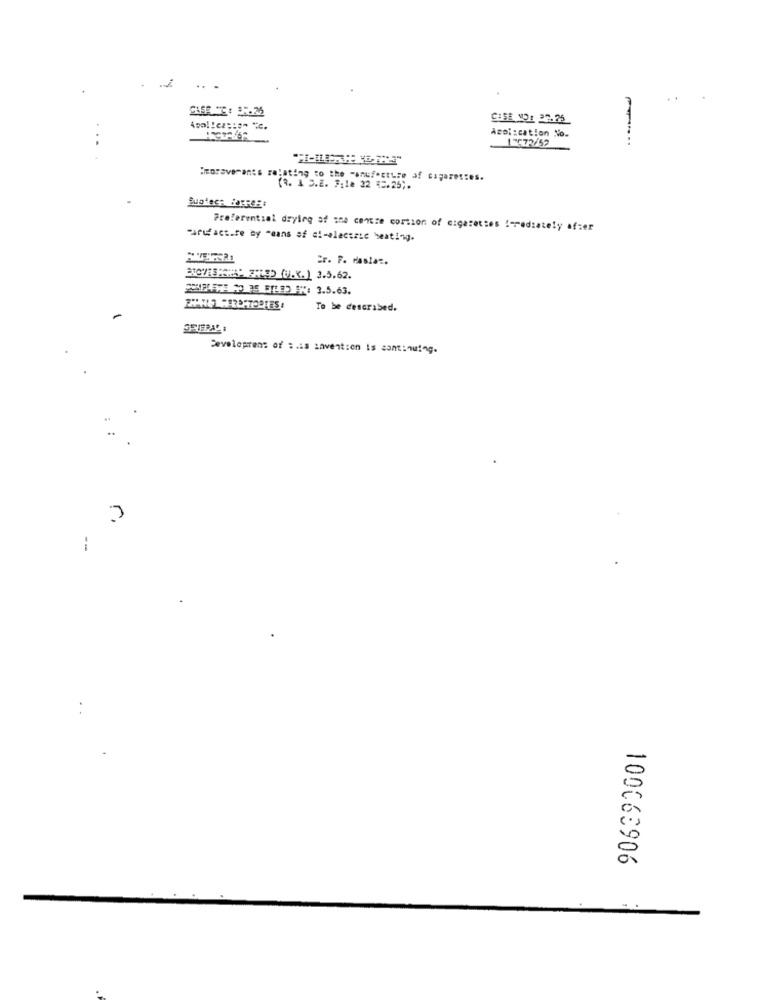
CISE 101 27.25
Azoi:cation No.
-
(3. 1 5.E. F:1e 22 42.25).
Preferential dryleg at she centre comtion of cigarettes !- rediately afzer
-arufacture by means of a !- electric heating.
Er. F. rastat.
To be described.
SEIFRAC :
Developrens of :. is invention is continuing.
.
..
100063906